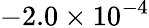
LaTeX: -2.0\times 10^{-4}